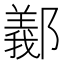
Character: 䣡